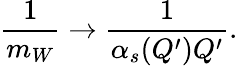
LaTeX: {\frac{1}{m_{W}}}\to{\frac{1}{\alpha_{s}(Q^{\prime})Q^{\prime}}}.